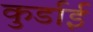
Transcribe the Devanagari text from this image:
कुर्डाई